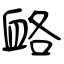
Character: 衉